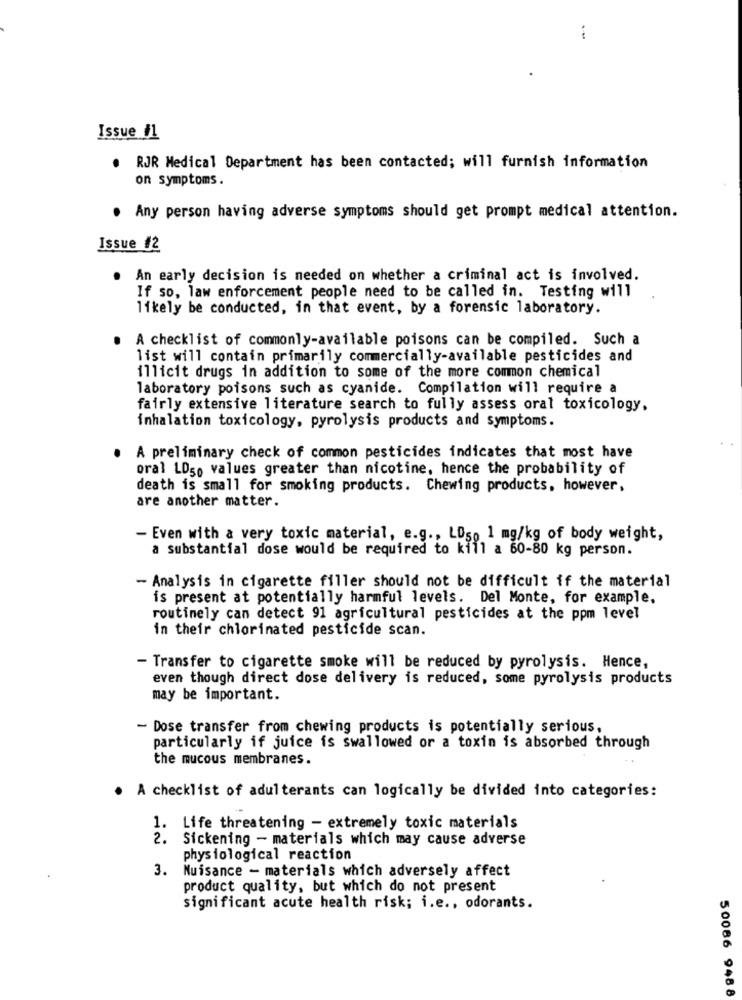
Issue #1
RJR Medical Department has been contacted; will furnish information
on symptoms.
Any person having adverse symptoms should get prompt medical attention.
Issue #2
An early decision is needed on whether a criminal act is involved.
If so, law enforcement people need to be called in. Testing will
likely be conducted, in that event, by a forensic laboratory.
A checklist of commonly-available poisons can be compiled. Such a
list will contain primarily commercially-available pesticides and
illicit drugs in addition to some of the more common chemical
laboratory poisons such as cyanide. Compilation will require a
fairly extensive literature search to fully assess oral toxicology.
inhalation toxicology, pyrolysis products and symptoms.
A preliminary check of common pesticides indicates that most have
oral LD50 values greater than nicotine, hence the probability of
death is small for smoking products. Chewing products, however,
are another matter.
- Even with a very toxic material, e.g ., LD50 1 mg/kg of body weight,
a substantial dose would be required to kill a 60-80 kg person.
- Analysis in cigarette filler should not be difficult if the material
is present at potentially harmful levels. Del Monte, for example,
routinely can detect 91 agricultural pesticides at the ppm level
in their chlorinated pesticide scan.
- Transfer to cigarette smoke will be reduced by pyrolysis. Hence,
even though direct dose delivery is reduced, some pyrolysis products
may be important.
- Dose transfer from chewing products is potentially serious,
particularly if juice is swallowed or a toxin is absorbed through
the mucous membranes.
· A checklist of adulterants can logically be divided into categories:
1. Life threatening - extremely toxic materials
2.
Sickening - materials which may cause adverse
physiological reaction
3. Nuisance - materials which adversely affect
product quality, but which do not present
significant acute health risk; i.e ., odorants.
50086 9488